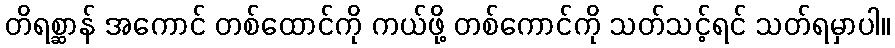
တိရစ္ဆာန် အကောင် တစ်ထောင်ကို ကယ်ဖို့ တစ်ကောင်ကို သတ်သင့်ရင် သတ်ရမှာပါ။